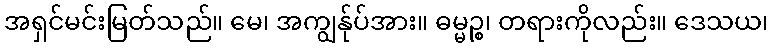
အရှင်မင်းမြတ်သည်။ မေ၊ အကျွန်ုပ်အား။ ဓမ္မဉ္စ၊ တရားကိုလည်း။ ဒေသယ၊